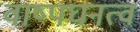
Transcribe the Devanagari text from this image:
वाष्पघनत्व